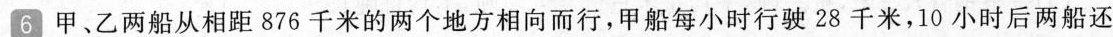
6 甲、乙两船从相距876千米的两个地方相向而行，甲船每小时行驶28千米，10小时后两船还